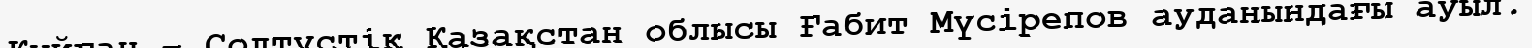
Құйған – Солтүстік Қазақстан облысы Ғабит Мүсірепов ауданындағы ауыл.